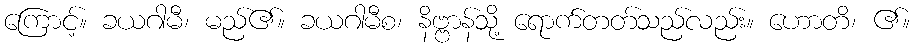
ကြောင့်။ ခယဂါမီ၊ မည်၏။ ခယဂါမီစ၊ နိဗ္ဗာန်သို့ ရောက်တတ်သည်လည်း။ ဟောတိ၊ ၏။